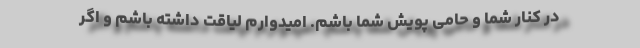
در کنار شما و حامی پویش شما باشم. امیدوارم لیاقت داشته باشم و اگر